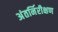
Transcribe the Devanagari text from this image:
अंतर्निरीक्षण